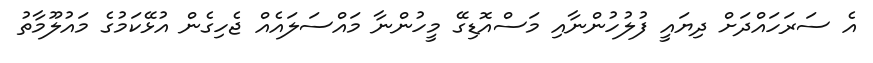
އެ ސަރަހައްދަށް ދިޔައީ ފުލުހުންނާއި މަސްއޮޑިގޭ މީހުންނާ މައްސަލައެއް ޖެހިގެން އުޅޭކަމުގެ މައުލޫމާތު